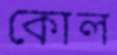
কোল